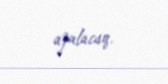
azalacaq.